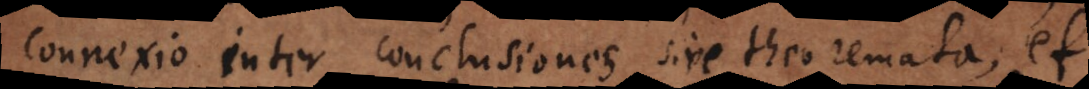
connexio inter conclusiones sive theoremata, et